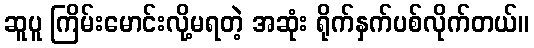
ဆူပူ ကြိမ်းမောင်းလို့မရတဲ့ အဆုံး ရိုက်နှက်ပစ်လိုက်တယ်။